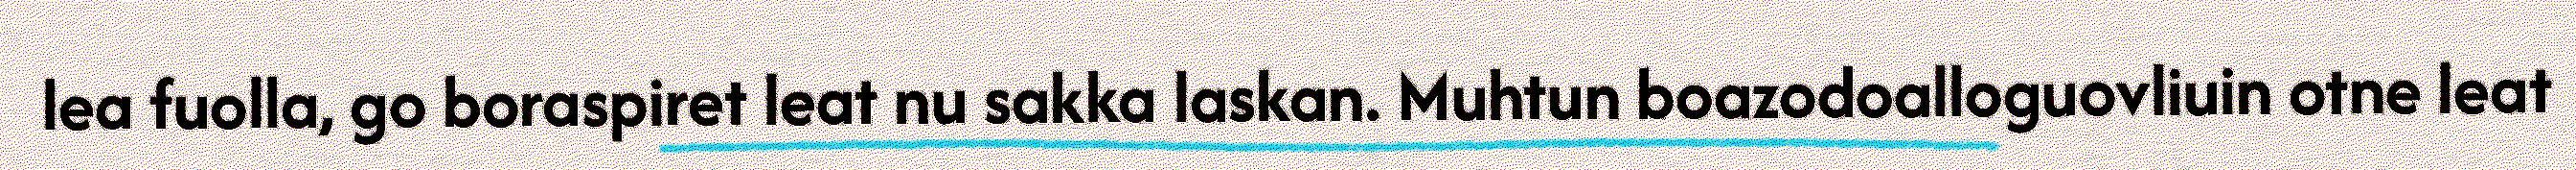
lea fuolla, go boraspiret leat nu sakka laskan. Muhtun boazodoalloguovliuin otne leat